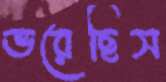
ভরেছিস